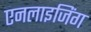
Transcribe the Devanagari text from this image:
एनलाइजिंग